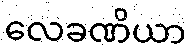
လေခဏိယာ